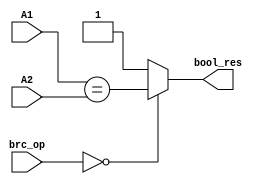
module CMP(
    input [31:0] A1, A2,
    input [2:0] brc_op,
    output bool_res
);

    assign bool_res = (brc_op == 0) ? (A1==A2) : 1;


endmodule